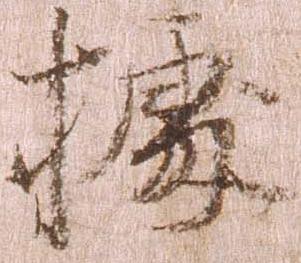
拠